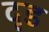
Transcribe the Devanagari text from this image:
दृड